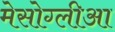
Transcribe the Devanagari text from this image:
मेसोग्लीआ